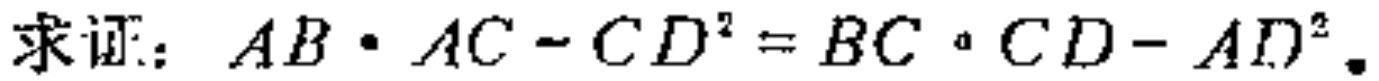
求证：\(AB\cdot AC - CD^{2} = BC\cdot CD - AD^{2}\)